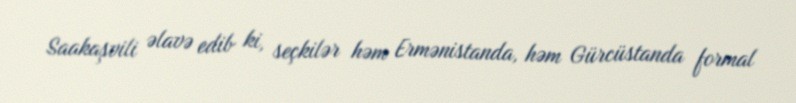
Saakaşvili əlavə edib ki, seçkilər həm Ermənistanda, həm Gürcüstanda formal